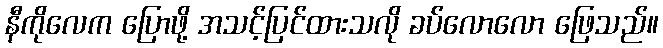
နီကိုလေက ပြောဖို့ အသင့်ပြင်ထားသလို ခပ်လောလော ဖြေသည်။